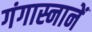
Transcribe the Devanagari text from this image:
गंगास्नानें